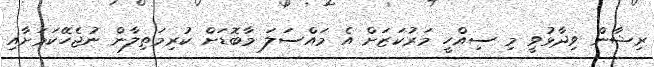
ރިޝާން ވިދާޅުވީ މި ސިއްހީ މަރުކަޒަށް އެ މައްސަލަ މާބޮޑަށް ކުރިމަތިލާން ނުޖެހޭކަމަށާއި